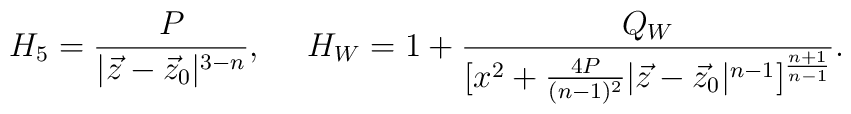
H_5={P\over{|\vec{z}-\vec{z}_{0}|^{3-n}}},\ \ \ \  H_W=1+{{Q_W}\over{[x^2+{{4P}\over{(n-1)^2}}|\vec{z}-\vec{z}_{0}|^{n-1}]^{{n+1}\over{n-1}}}}.